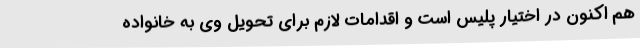
هم اکنون در اختیار پلیس است و اقدامات لازم برای تحویل وی به خانواده